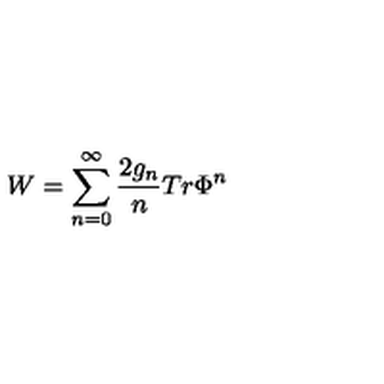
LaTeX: W = \sum _ { n = 0 } ^ { \infty } \frac { 2 g _ { n } } { n } T r \Phi ^ { n }